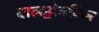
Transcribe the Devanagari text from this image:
वालड्रोनविल